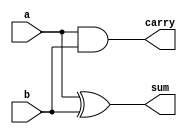
module HalfAdderdf(input a,b,output sum, carry);
 assign sum = a^b;
 assign carry = a&b;
endmodule
module FullAdder2haor(input a, b, carryin,output sum, carryout);
 wire m2b, m1co, m2co;
 HalfAdderdf m1 (.a(a),.b(b),.sum(m2b),.carry(m1co));
 HalfAdderdf m2 (.a(carryin),.b(m2b),.sum(sum),.carry(m2co));
 assign y = m1co | m2co;
endmodule